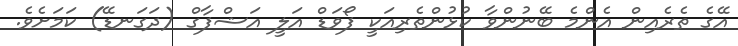
އޭގެ ތެރެއިން އެންމެ ބޭނުންވާ ކުޅުންތެރިއަކީ ފޯވަޑް އަލީ އަޝްފާގް (ދަގަނޑޭ) ކަމަށެވެ.